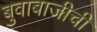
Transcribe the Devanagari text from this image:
बुवाबाजीची